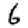
Digit: 6